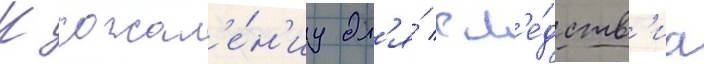
К сожал'е́н'иу дл'я́ сл'е́дств'иа